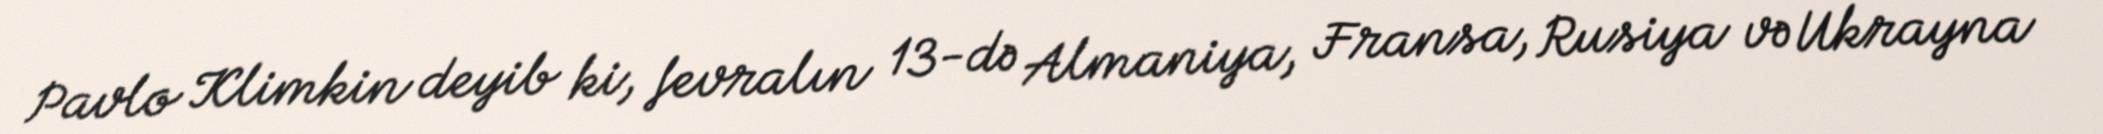
Pavlo Klimkin deyib ki, fevralın 13-də Almaniya, Fransa, Rusiya və Ukrayna